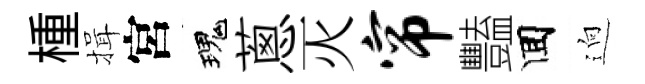
㮔揖宮瑰蔥灭帘豔囬逈